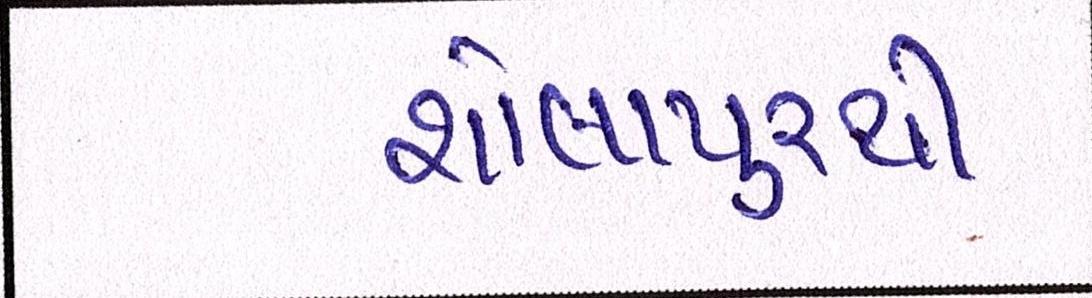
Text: શોલાપુરથી